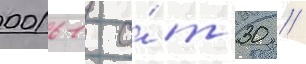
00161 о́т 30 //